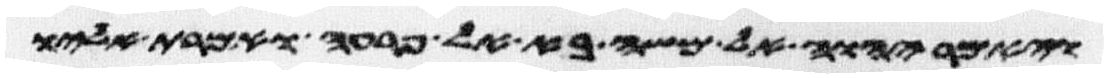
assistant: ויאמר יהוה אל משה בא אל פרעה ואמרת אליו